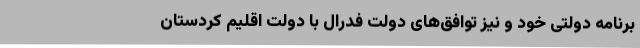
برنامه دولتی خود و نیز توافق‌های دولت فدرال با دولت اقلیم کردستان